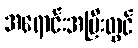
အရောင်းအပြီးတွင်